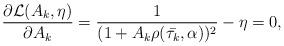
LaTeX: \begin{align*}\frac{\partial\mathcal{L}(A_{k}, \eta)}{\partial A_{k}} = \frac{1}{(1 +A_{k}\rho(\bar{\tau_{k}}, \alpha))^{2}} - \eta = 0,\end{align*}